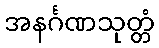
အနင်္ဂဏသုတ္တံ